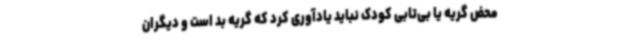
محض گریه یا بی‌تابی کودک نباید یادآوری کرد که گریه بد است و دیگران